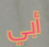
أبي